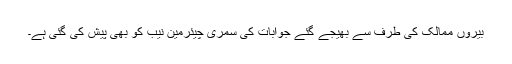
بیروں ممالک کی طرف سے بھیجے گئے جوابات کی سمری چیئرمین نیب کو بھی پیش کی گئی ہے۔